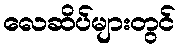
လေဆိပ်များတွင်